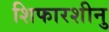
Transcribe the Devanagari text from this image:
शिफारशीनु